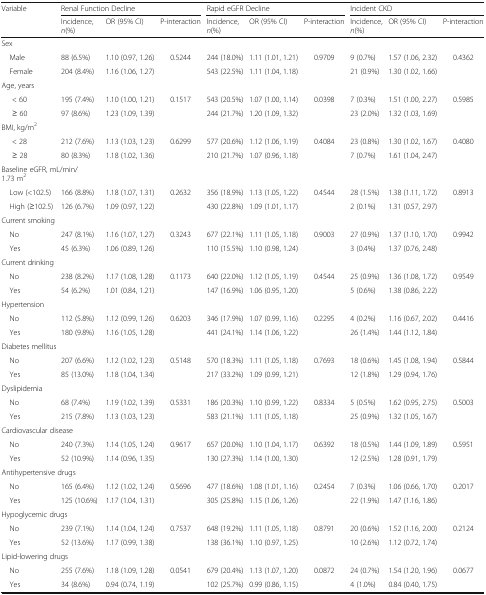
<table><thead><tr><td rowspan="2"><b>Variable</b></td><td colspan="3"><b>Renal Function Decline</b></td><td colspan="3"><b>Rapid eGFR Decline</b></td><td colspan="3"><b>Incident CKD</b></td></tr><tr><td><b>Incidence,<i>n</i>(%)</b></td><td><b>OR (95% CI)</b></td><td><b>P-interaction</b></td><td><b>Incidence,<i>n</i>(%)</b></td><td><b>OR (95% CI)</b></td><td><b>P-interaction</b></td><td><b>Incidence,<i>n</i>(%)</b></td><td><b>OR (95% CI)</b></td><td><b>P-interaction</b></td></tr></thead><tbody><tr><td>Sex</td><td></td><td></td><td></td><td></td><td></td><td></td><td></td><td></td><td></td></tr><tr><td> Male</td><td>88 (6.5%)</td><td>1.10 (0.97, 1.26)</td><td>0.5244</td><td>244 (18.0%)</td><td>1.11 (1.01, 1.21)</td><td>0.9709</td><td>9 (0.7%)</td><td>1.57 (1.06, 2.32)</td><td>0.4362</td></tr><tr><td> Female</td><td>204 (8.4%)</td><td>1.16 (1.06, 1.27)</td><td></td><td>543 (22.5%)</td><td>1.11 (1.04, 1.18)</td><td></td><td>21 (0.9%)</td><td>1.30 (1.02, 1.66)</td><td></td></tr><tr><td>Age, years</td><td></td><td></td><td></td><td></td><td></td><td></td><td></td><td></td><td></td></tr><tr><td>&lt; 60</td><td>195 (7.4%)</td><td>1.10 (1.00, 1.21)</td><td>0.1517</td><td>543 (20.5%)</td><td>1.07 (1.00, 1.14)</td><td>0.0398</td><td>7 (0.3%)</td><td>1.51 (1.00, 2.27)</td><td>0.5985</td></tr><tr><td>≥ 60</td><td>97 (8.6%)</td><td>1.23 (1.09, 1.39)</td><td></td><td>244 (21.7%)</td><td>1.20 (1.09, 1.32)</td><td></td><td>23 (2.0%)</td><td>1.32 (1.03, 1.69)</td><td></td></tr><tr><td>BMI, kg/m<sup>2</sup></td><td></td><td></td><td></td><td></td><td></td><td></td><td></td><td></td><td></td></tr><tr><td>&lt; 28</td><td>212 (7.6%)</td><td>1.13 (1.03, 1.23)</td><td>0.6299</td><td>577 (20.6%)</td><td>1.12 (1.06, 1.19)</td><td>0.4084</td><td>23 (0.8%)</td><td>1.30 (1.02, 1.67)</td><td>0.4080</td></tr><tr><td>≥ 28</td><td>80 (8.3%)</td><td>1.18 (1.02, 1.36)</td><td></td><td>210 (21.7%)</td><td>1.07 (0.96, 1.18)</td><td></td><td>7 (0.7%)</td><td>1.61 (1.04, 2.47)</td><td></td></tr><tr><td colspan="2">Baseline eGFR, mL/min/1.73 m<sup>2</sup></td><td></td><td></td><td></td><td></td><td></td><td></td><td></td><td></td></tr><tr><td> Low (&lt;102.5)</td><td>166 (8.8%)</td><td>1.18 (1.07, 1.31)</td><td>0.2632</td><td>356 (18.9%)</td><td>1.13 (1.05, 1.22)</td><td>0.4544</td><td>28 (1.5%)</td><td>1.38 (1.11, 1.72)</td><td>0.8913</td></tr><tr><td> High (≥102.5)</td><td>126 (6.7%)</td><td>1.09 (0.97, 1.22)</td><td></td><td>430 (22.8%)</td><td>1.09 (1.01, 1.17)</td><td></td><td>2 (0.1%)</td><td>1.31 (0.57, 2.97)</td><td></td></tr><tr><td colspan="2">Current smoking</td><td></td><td></td><td></td><td></td><td></td><td></td><td></td><td></td></tr><tr><td> No</td><td>247 (8.1%)</td><td>1.16 (1.07, 1.27)</td><td>0.3243</td><td>677 (22.1%)</td><td>1.11 (1.05, 1.18)</td><td>0.9003</td><td>27 (0.9%)</td><td>1.37 (1.10, 1.70)</td><td>0.9942</td></tr><tr><td> Yes</td><td>45 (6.3%)</td><td>1.06 (0.89, 1.26)</td><td></td><td>110 (15.5%)</td><td>1.10 (0.98, 1.24)</td><td></td><td>3 (0.4%)</td><td>1.37 (0.76, 2.48)</td><td></td></tr><tr><td colspan="2">Current drinking</td><td></td><td></td><td></td><td></td><td></td><td></td><td></td><td></td></tr><tr><td> No</td><td>238 (8.2%)</td><td>1.17 (1.08, 1.28)</td><td>0.1173</td><td>640 (22.0%)</td><td>1.12 (1.05, 1.19)</td><td>0.4544</td><td>25 (0.9%)</td><td>1.36 (1.08, 1.72)</td><td>0.9549</td></tr><tr><td> Yes</td><td>54 (6.2%)</td><td>1.01 (0.84, 1.21)</td><td></td><td>147 (16.9%)</td><td>1.06 (0.95, 1.20)</td><td></td><td>5 (0.6%)</td><td>1.38 (0.86, 2.22)</td><td></td></tr><tr><td>Hypertension</td><td></td><td></td><td></td><td></td><td></td><td></td><td></td><td></td><td></td></tr><tr><td> No</td><td>112 (5.8%)</td><td>1.12 (0.99, 1.26)</td><td>0.6203</td><td>346 (17.9%)</td><td>1.07 (0.99, 1.16)</td><td>0.2295</td><td>4 (0.2%)</td><td>1.16 (0.67, 2.02)</td><td>0.4416</td></tr><tr><td> Yes</td><td>180 (9.8%)</td><td>1.16 (1.05, 1.28)</td><td></td><td>441 (24.1%)</td><td>1.14 (1.06, 1.22)</td><td></td><td>26 (1.4%)</td><td>1.44 (1.12, 1.84)</td><td></td></tr><tr><td colspan="2">Diabetes mellitus</td><td></td><td></td><td></td><td></td><td></td><td></td><td></td><td></td></tr><tr><td> No</td><td>207 (6.6%)</td><td>1.12 (1.02, 1.23)</td><td>0.5148</td><td>570 (18.3%)</td><td>1.11 (1.05, 1.18)</td><td>0.7693</td><td>18 (0.6%)</td><td>1.45 (1.08, 1.94)</td><td>0.5844</td></tr><tr><td> Yes</td><td>85 (13.0%)</td><td>1.18 (1.04, 1.34)</td><td></td><td>217 (33.2%)</td><td>1.09 (0.99, 1.21)</td><td></td><td>12 (1.8%)</td><td>1.29 (0.94, 1.76)</td><td></td></tr><tr><td>Dyslipidemia</td><td></td><td></td><td></td><td></td><td></td><td></td><td></td><td></td><td></td></tr><tr><td> No</td><td>68 (7.4%)</td><td>1.19 (1.02, 1.39)</td><td>0.5331</td><td>186 (20.3%)</td><td>1.10 (0.99, 1.22)</td><td>0.8334</td><td>5 (0.5%)</td><td>1.62 (0.95, 2.75)</td><td>0.5003</td></tr><tr><td> Yes</td><td>215 (7.8%)</td><td>1.13 (1.03, 1.23)</td><td></td><td>583 (21.1%)</td><td>1.11 (1.05, 1.18)</td><td></td><td>25 (0.9%)</td><td>1.32 (1.05, 1.67)</td><td></td></tr><tr><td colspan="2">Cardiovascular disease</td><td></td><td></td><td></td><td></td><td></td><td></td><td></td><td></td></tr><tr><td> No</td><td>240 (7.3%)</td><td>1.14 (1.05, 1.24)</td><td>0.9617</td><td>657 (20.0%)</td><td>1.10 (1.04, 1.17)</td><td>0.6392</td><td>18 (0.5%)</td><td>1.44 (1.09, 1.89)</td><td>0.5951</td></tr><tr><td> Yes</td><td>52 (10.9%)</td><td>1.14 (0.96, 1.35)</td><td></td><td>130 (27.3%)</td><td>1.14 (1.00, 1.30)</td><td></td><td>12 (2.5%)</td><td>1.28 (0.91, 1.79)</td><td></td></tr><tr><td colspan="2">Antihypertensive drugs</td><td></td><td></td><td></td><td></td><td></td><td></td><td></td><td></td></tr><tr><td> No</td><td>165 (6.4%)</td><td>1.12 (1.02, 1.24)</td><td>0.5696</td><td>477 (18.6%)</td><td>1.08 (1.01, 1.16)</td><td>0.2454</td><td>7 (0.3%)</td><td>1.06 (0.66, 1.70)</td><td>0.2017</td></tr><tr><td> Yes</td><td>125 (10.6%)</td><td>1.17 (1.04, 1.31)</td><td></td><td>305 (25.8%)</td><td>1.15 (1.06, 1.26)</td><td></td><td>22 (1.9%)</td><td>1.47 (1.16, 1.86)</td><td></td></tr><tr><td colspan="2">Hypoglycemic drugs</td><td></td><td></td><td></td><td></td><td></td><td></td><td></td><td></td></tr><tr><td> No</td><td>239 (7.1%)</td><td>1.14 (1.04, 1.24)</td><td>0.7537</td><td>648 (19.2%)</td><td>1.11 (1.05, 1.18)</td><td>0.8791</td><td>20 (0.6%)</td><td>1.52 (1.16, 2.00)</td><td>0.2124</td></tr><tr><td> Yes</td><td>52 (13.6%)</td><td>1.17 (0.99, 1.38)</td><td></td><td>138 (36.1%)</td><td>1.10 (0.97, 1.25)</td><td></td><td>10 (2.6%)</td><td>1.12 (0.72, 1.74)</td><td></td></tr><tr><td colspan="2">Lipid-lowering drugs</td><td></td><td></td><td></td><td></td><td></td><td></td><td></td><td></td></tr><tr><td> No</td><td>255 (7.6%)</td><td>1.18 (1.09, 1.28)</td><td>0.0541</td><td>679 (20.4%)</td><td>1.13 (1.07, 1.20)</td><td>0.0872</td><td>24 (0.7%)</td><td>1.54 (1.20, 1.96)</td><td>0.0677</td></tr><tr><td> Yes</td><td>34 (8.6%)</td><td>0.94 (0.74, 1.19)</td><td></td><td>102 (25.7%)</td><td>0.99 (0.86, 1.15)</td><td></td><td>4 (1.0%)</td><td>0.84 (0.40, 1.75)</td><td></td></tr></tbody></table>